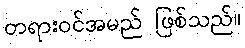
တရားဝင်အမည် ဖြစ်သည်။